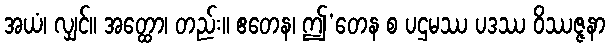
အယံ၊ လျှင်။ အတ္ထော၊ တည်း။ ဧတေန၊ ဤ’တေန စ ပဌမဿ ပဒဿ ဝိဿဇ္ဇနာ